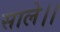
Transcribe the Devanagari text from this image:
साले।।